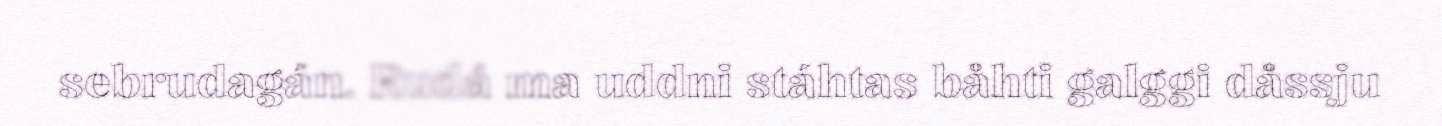
sebrudagán. Rudá ma uddni stáhtas båhti galggi dåssju